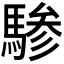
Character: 𬳯